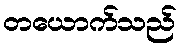
တယောက်သည်